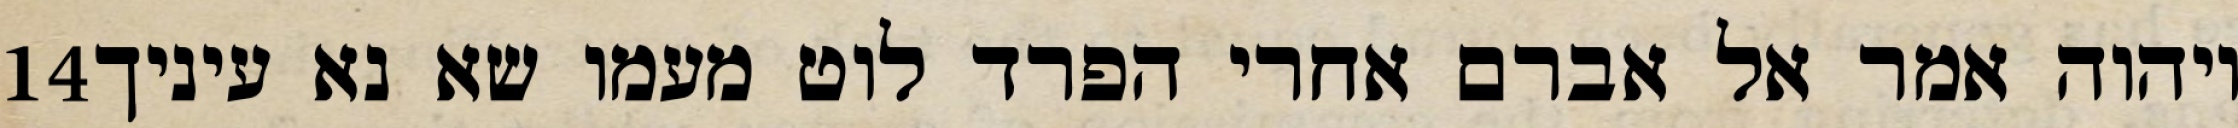
‎14‏ ויהוה אמר אל אברם אחרי הפרד לוט מעמו שא נא עיניך